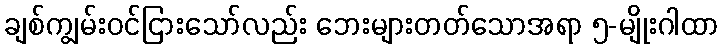
ချစ်ကျွမ်းဝင်ငြားသော်လည်း ဘေးများတတ်သောအရာ ၅-မျိုးဂါထာ